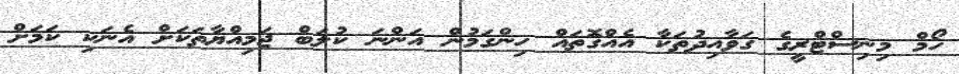
ހޯމް މިނިސްޓްރީގެ ގަވާއިދުތަކާ އެއްގޮތައް ހިންގަމުން އަންނަ ކުލަބް ޖަމިއްޔާތަކަށް އެނަކި ކަމަށް